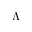
\Lambda